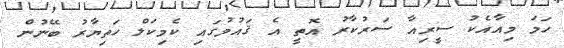
ހަމަ މިއާއެކު ސީރިއާ ސަރުކާރު އޮތީ އެ ޤައުމުގައި ކެމިކަލް ހަތިޔާރު ބޭނުން